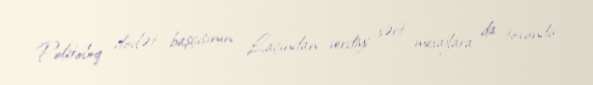
Politoloq dövlət başçısının Laçından verdiyi sərt mesajlara da toxundu: